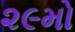
૨૯મો